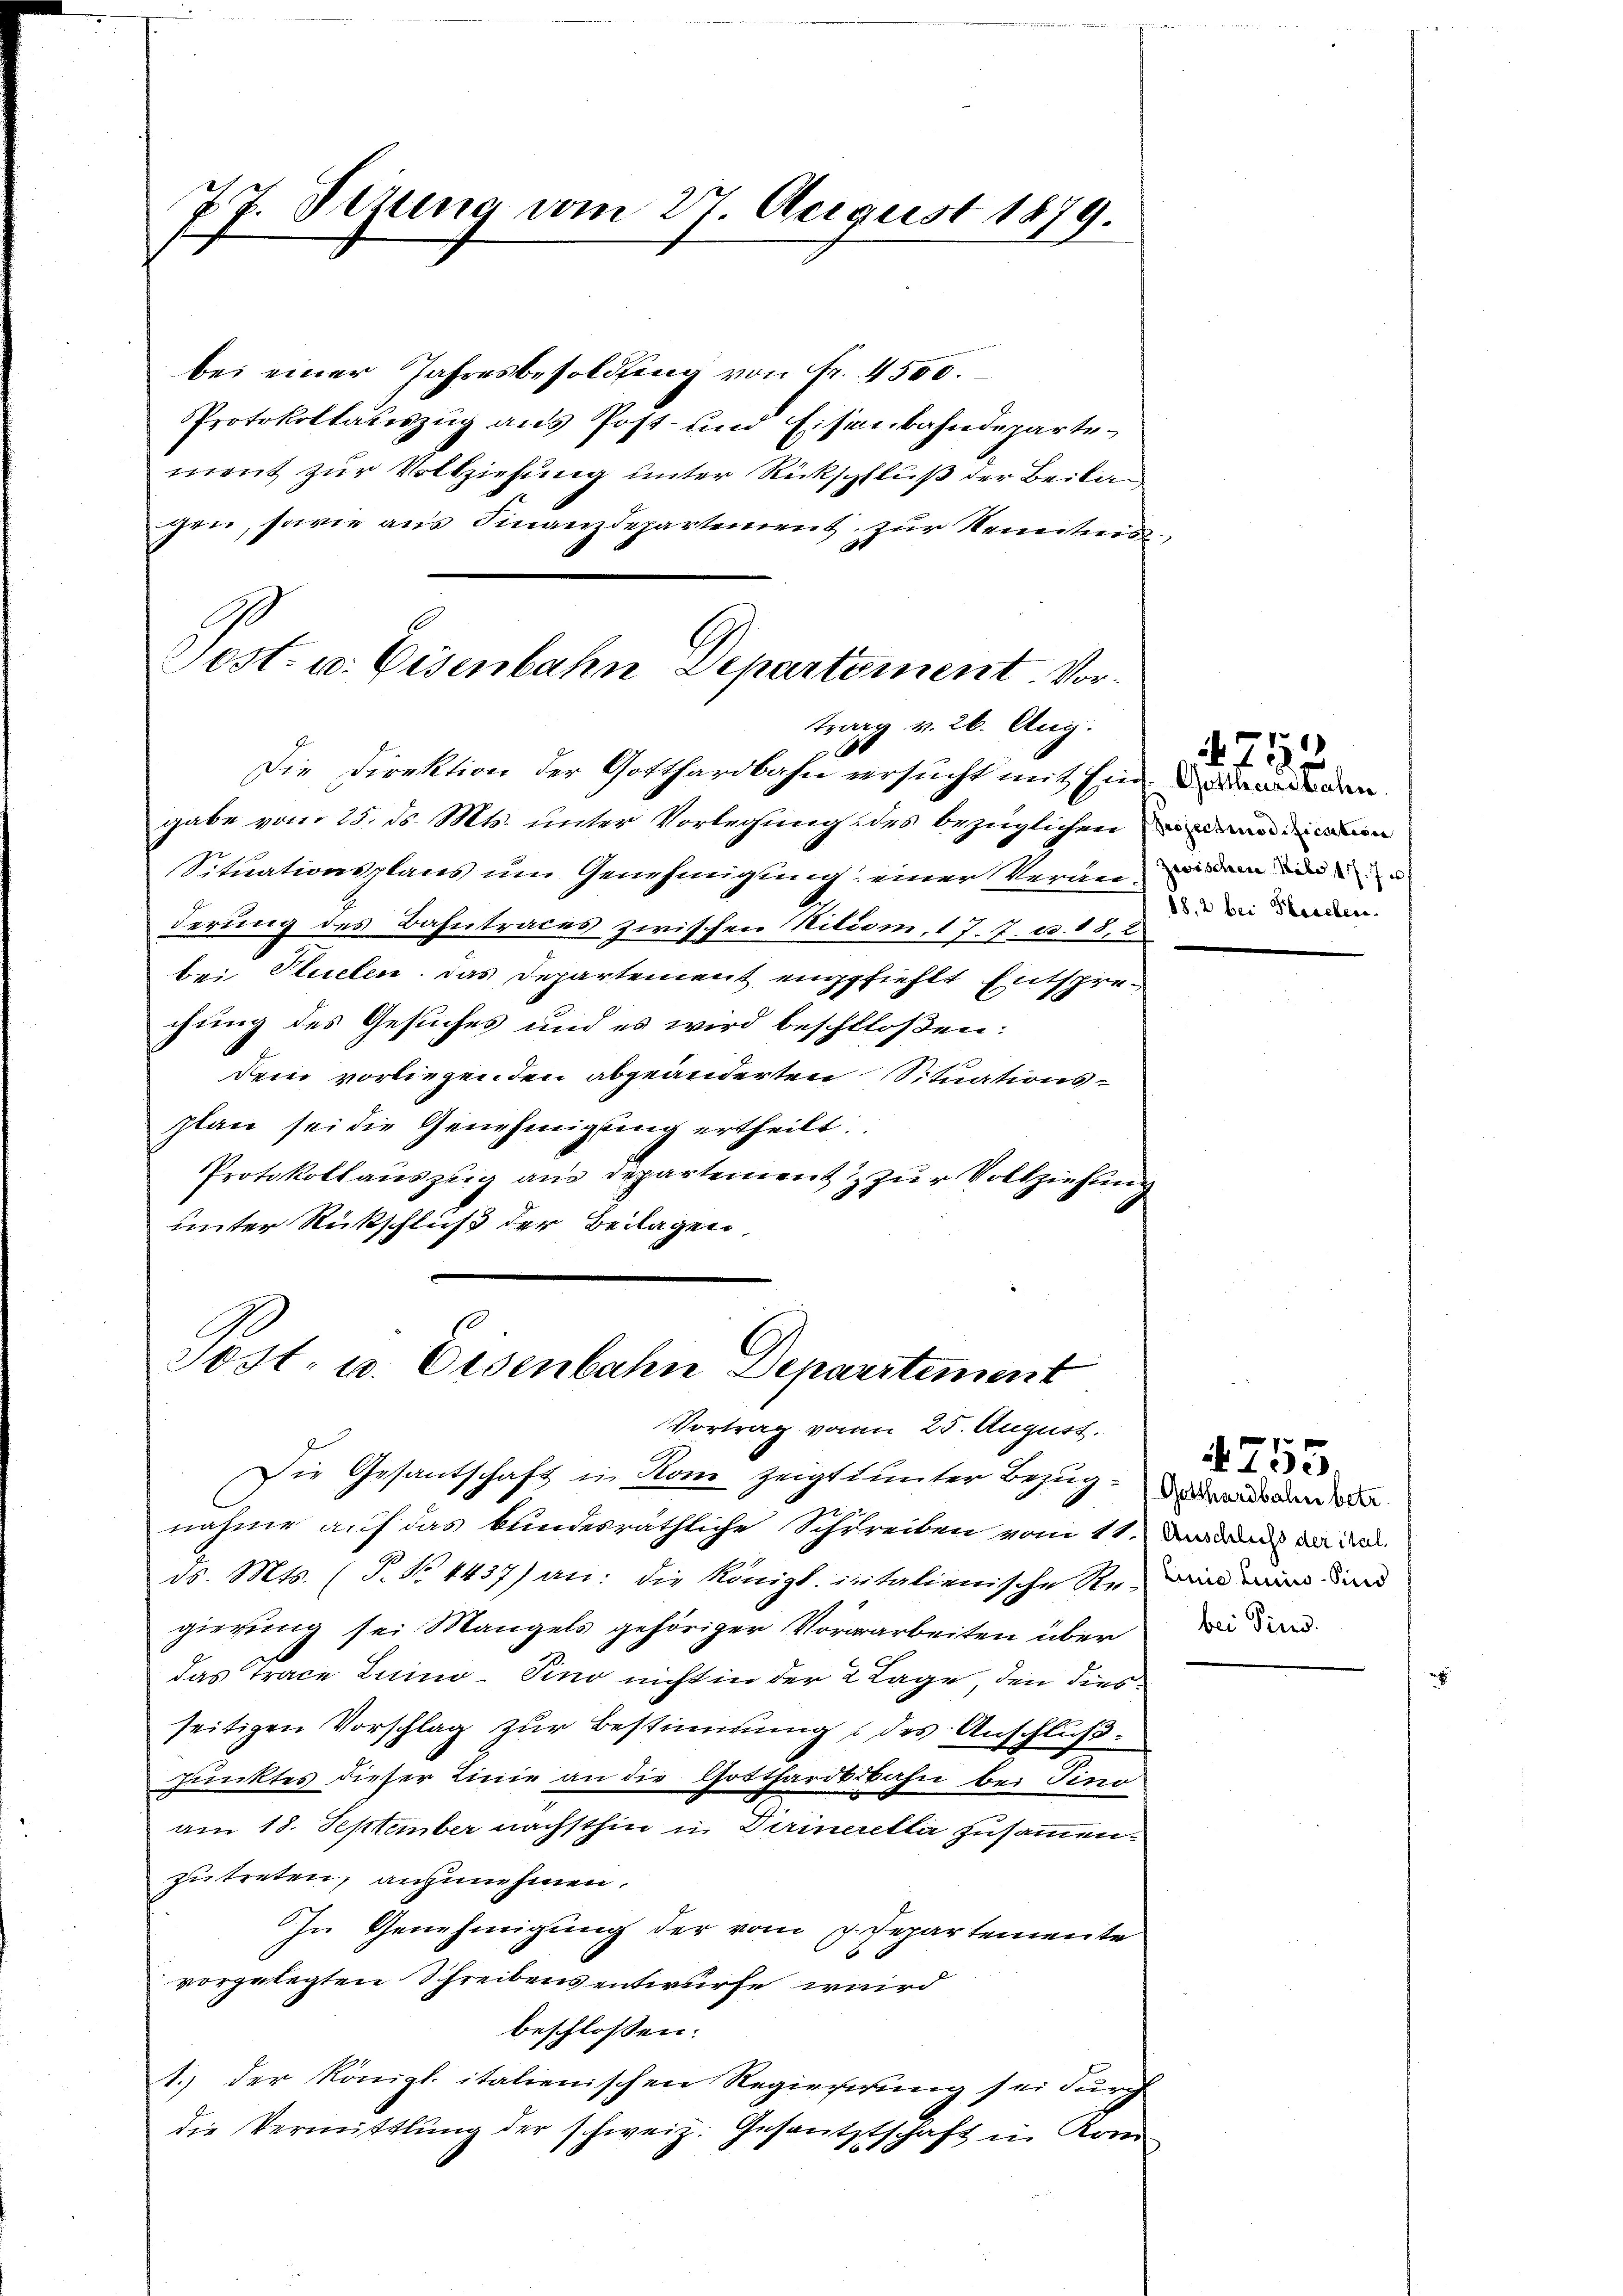
77. Sezung vom 27. August 1879.

bei einer Jahresbesoldung von Fr. 4500.
Protokollauszug aus Post- und Eisenbahndepartement zur Vollziehung unter Rückschluß der Beilan
gen, sowie aus Finanzdepartement zur Kenntnis
gabe vom 25. ds. Mts. unter Vorlegung des bezüglichen
Situationsplans um Genehmigung einer Veranwidem unu
derung des Bahntraces zwischen Nition, 177. a. 88, 2
bei Flüelen. Das Departement empfiehlt Entsprechung des Gesuches und es wird beschloßen:
Dem vorliegen den abgeänderten Situations-
plan sei die Genehmigung ertheilt.
Protokollauszug am Departement zur Vollziehung
unter Rückschluß der Beilagen,

Tost- u. Eisenbahn Departement. Vortrara v. 26. Aug.
6
Die Direktion der Gotthardbahn versucht mit sind den

Post. u. Eisenbahn Departement
Vortrag vom 25. August.

Die Gesantschaft in Rom zeigt unter Bezug aus den
2
nahme auf das bundesräthliche Schreiben vom 11. Diens da da
dd. Mts. (T. No. 4437) an: die Königl. intalienische Re- und wir das
gierung sei Mangels gehöriger Vorarbeiten über
das Trace Luino - Pino nicht in der 2 Lage, den diesseitigen Vorschlag zur Bestimmung & des Anschluß:
punktes dieser Linie an die Gotthardtsbahn bei Tino
am 18. September nächsthin in Dirinerella zusammenzutreten, anzunehmen.
In Genehmigung der vom 2. Departemente
vorgelegten Schreibens entwurfe wird
beschlossen:
1.) der Königl. italienischen Regierung sei durch
die Vermittlung der schweiz. Gesandtschaft in Kom

Projectmodification
18,2 bei Pleschen.

4750

bei Pind.

4755.